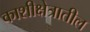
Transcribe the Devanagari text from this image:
काशीक्षेत्रातील